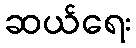
ဆယ်ရေး